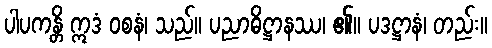
ပါပကန္တိ ဣဒံ ဝစနံ၊ သည်။ ပညာဓိဋ္ဌာနဿ၊ ၏။ ပဒဋ္ဌာနံ၊ တည်း။